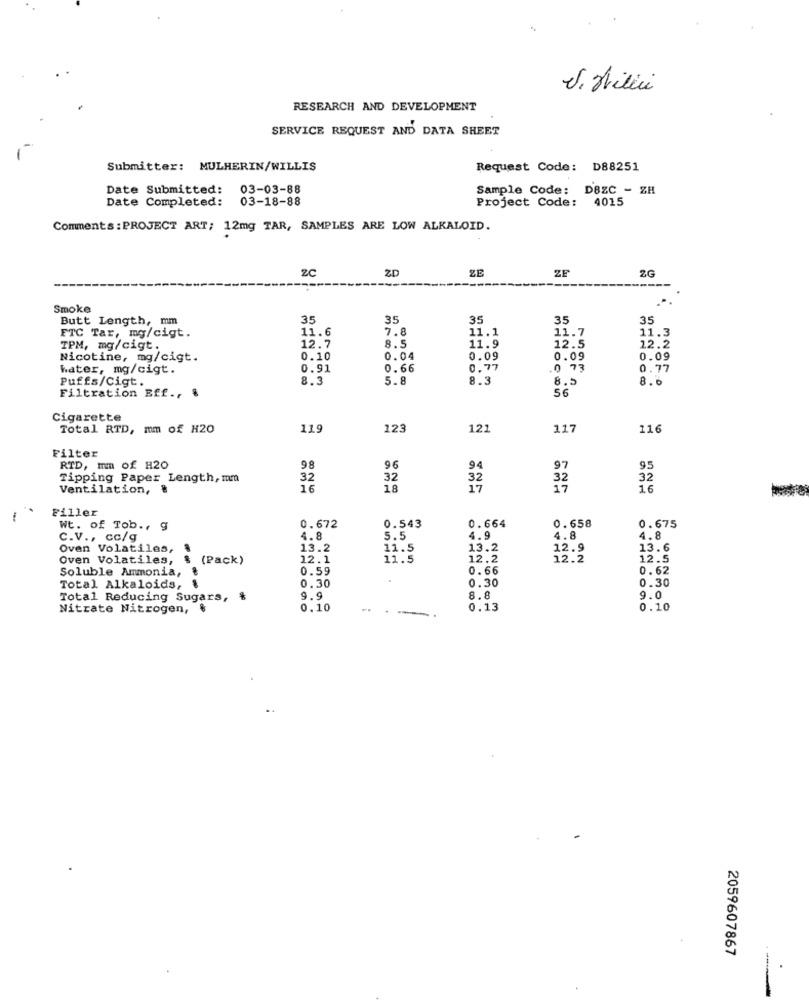
J. Hili
RESEARCH AND DEVELOPMENT
SERVICE REQUEST AND DATA SHEET
Submitter: MULHERIN/WILLIS
Request Code: D88251
Date Submitted:
03-03-88
Sample Code: DBEC - ZH
Date Completed:
03-18-88
Project Code: 4015
Comments : PROJECT ART; 12mg TAR, SAMPLES ARE LOW ALKALOID.
zC
ZD
ZE
ZF
ZG
Smoke
Butt Length, mm
35
35
35
35
35
FTC Tar, mg/cigt.
11.6
7.8
11.1
11.7
1.3
TPM, mg/cigt.
12.7
8.5
11.9
12.5
12.2
Nicotine, mg/cigt.
0.10
0.04
0.09
0.09
0.09
water, mg/cigt.
0.91
0.66
0.77
0 73
0.77
Puffs/Cigt.
3.3
5.8
8.3
8.5
8.0
56
Filtration Eff ., &
Cigarette
Total RTD, mm of H20
119
123
121
117
116
Filter
RTD, mm of H20
98
96
94
97
95
Tipping Paper Length, mm
32
32
32
32
32
Ventilation,
16
18
16
Filler
Wt. of Tob ., 9
0.672
0.543
0.664
0.658
0.675
C.V ., cc/g
4.8
5.5
4.9
4.8
4.8
Oven Volatiles,
13.2
11.5
13.2
12.9
13.6
Oven Volatiles,
$ (Pack)
12.1
11.5
12.2
12.2
12.5
Soluble Ammonia, &
0.59
0.66
0.62
0.30
.
0.30
0.30
Total Alkaloids,
Total Reducing Sugars,
9.9
8.8
9.0
Nitrate Nitrogen,
0.10
0.13
0.10
2059607867